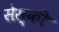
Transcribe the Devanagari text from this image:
सेस्की